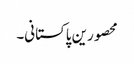
محصورین پاکستانی۔